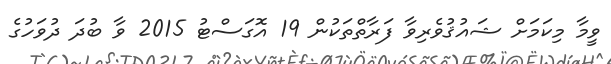
ވީމާ މިކަމަށް ޝައުޤުވެރިވާ ފަރާތްތަކުން 19 އޮގަސްޓު 2015 ވާ ބުދަ ދުވަހުގެ